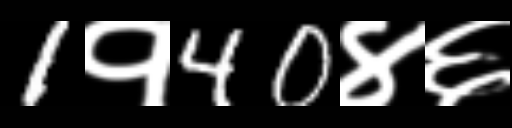
Text: 1१40४६